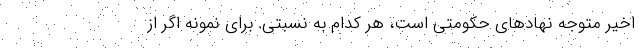
اخیر متوجه نهادهای حکومتی است، هر کدام به نسبتی. برای نمونه اگر از